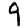
Digit: 9